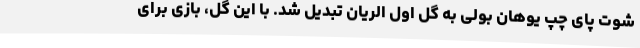
شوت پای چپ یوهان بولی به گل اول الریان تبدیل شد. با این گل، بازی برای